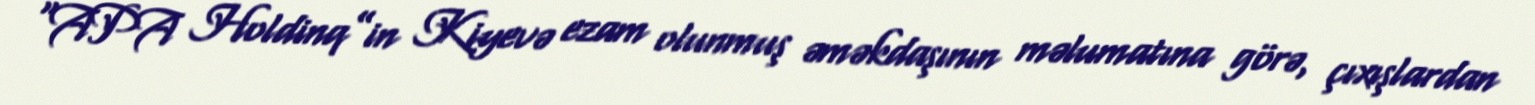
“APA Holdinq”in Kiyevə ezam olunmuş əməkdaşının məlumatına görə, çıxışlardan